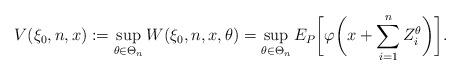
LaTeX: \begin{align*}V(\xi_0,n,x):=\sup_{\theta\in \Theta_n} W(\xi_0,n,x,\theta)=\sup_{\theta\in\Theta_n} E_P\biggl[\varphi\biggl(x+\sum_{i=1}^{n} Z_i^\theta\biggr)\biggr].\end{align*}